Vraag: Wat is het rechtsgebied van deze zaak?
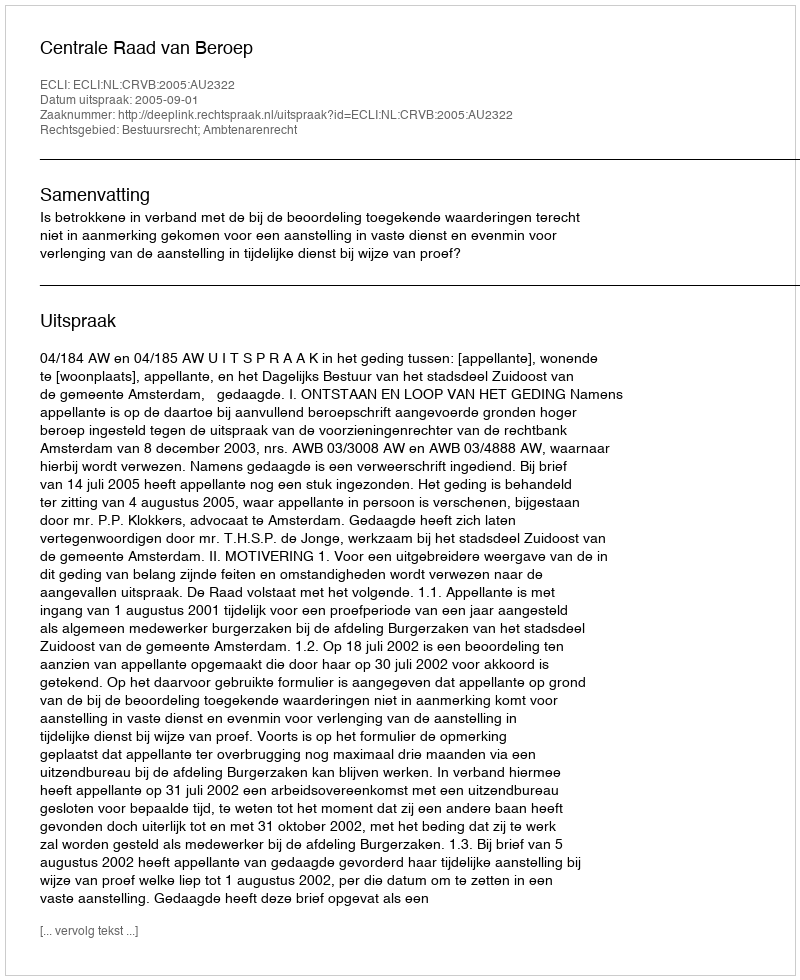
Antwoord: Bestuursrecht; Ambtenarenrecht